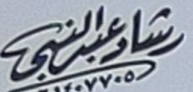
رشادعبدالنبي